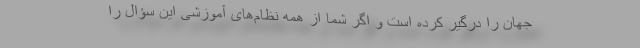
جهان را درگیر کرده است و اگر شما از همه نظام‌های آموزشی این سؤال را